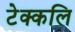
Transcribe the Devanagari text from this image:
टेक्कलि